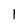
Character: I